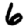
Digit: 6